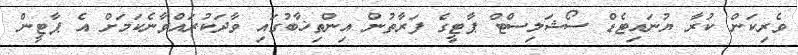
ވެރިކަން ކުރާ ޔުނައިޓެޑް ސޯޝަލިސްޓް ޕާޓީގެ ފަރާތުން އިންތިޚާބުގައި ވާދަކުރައްވާނެކަމަށް އެ ޕާޓީން